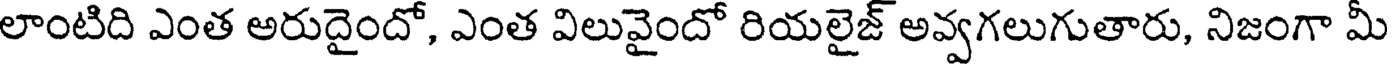
లాంటిది ఎంత అరుదైందో, ఎంత విలువైందో రియలైజ్ అవ్వగలుగుతారు, నిజంగా మీ